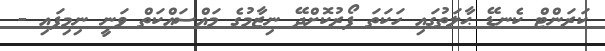
ކަރަންޓް ކެނޑޭ ޙާލަތުގައި ހަކަތަ ފޯރުކޮށްދޭ ނިޒާމުގެ މައްސައްކަތް ވަނީ ނިމިފައި -